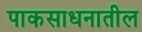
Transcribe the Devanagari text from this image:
पाकसाधनातील